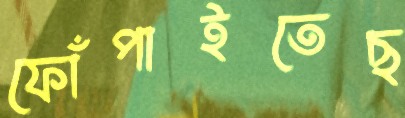
ফোঁপাইতেছ